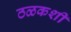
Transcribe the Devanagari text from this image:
ठळकशी